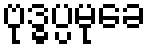
ဗုဒ္ဓပ္ပမုခေ